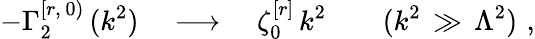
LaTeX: -\Gamma_{2}^{[r,\, 0)}\, (k^{2})\quad\longrightarrow\quad\zeta_{0}^{[r]}\, k^{2}\qquad(k^{2}\, \gg\, \Lambda^{2})\, \, ,